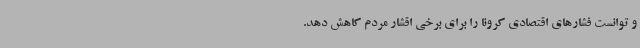
و توانست فشارهای اقتصادی کرونا را برای برخی اقشار مردم کاهش دهد.